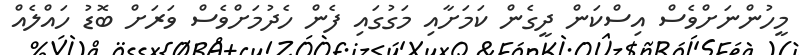
މީހުންނަށްވެސް އިސްކަން ދީގެން ކަމަށާއި މަގުގައި ފެން ހެދުމަށްވެސް ވަރަށް ބޮޑު ހައްލެއް